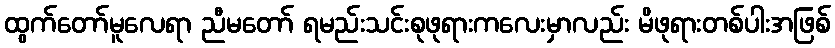
ထွက်တော်မူလေရာ ညီမတော် ရမည်းသင်းစုဖုရားကလေးမှာလည်း မိဖုရားတစ်ပါးအဖြစ်